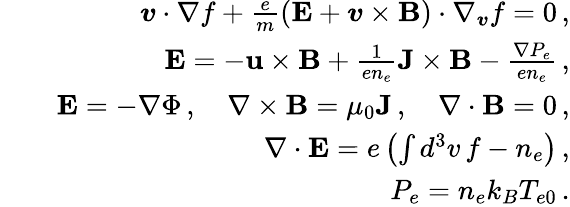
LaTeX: \begin{array}{rlr}&{}&{\boldsymbol{v}\cdot\nabla f+\frac{e}{m}\left(\textbf{E}+\boldsymbol{v}\times\textbf{B}\right)\cdot\nabla_{\boldsymbol{v}}f=0\, ,}\\ &{}&{\textbf{E}=-\textbf{u}\times\textbf{B}+\frac{1}{en_{e}}\textbf{J}\times\textbf{B}-\frac{\nabla P_{e}}{en_{e}}\, ,}\\ &{}&{\textbf{E}=-\nabla\Phi\, ,\quad\nabla\times\textbf{B}=\mu_{0}\textbf{J}\, ,\quad\nabla\cdot\textbf{B}=0\, ,}\\ &{}&{\nabla\cdot\textbf{E}=e\left(\int d^{3}v\, f-n_{e}\right)\, ,}\\ &{}&{P_{e}=n_{e}k_{B}T_{e0}\, .}\end{array}